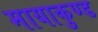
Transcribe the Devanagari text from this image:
मायाकुण्ड